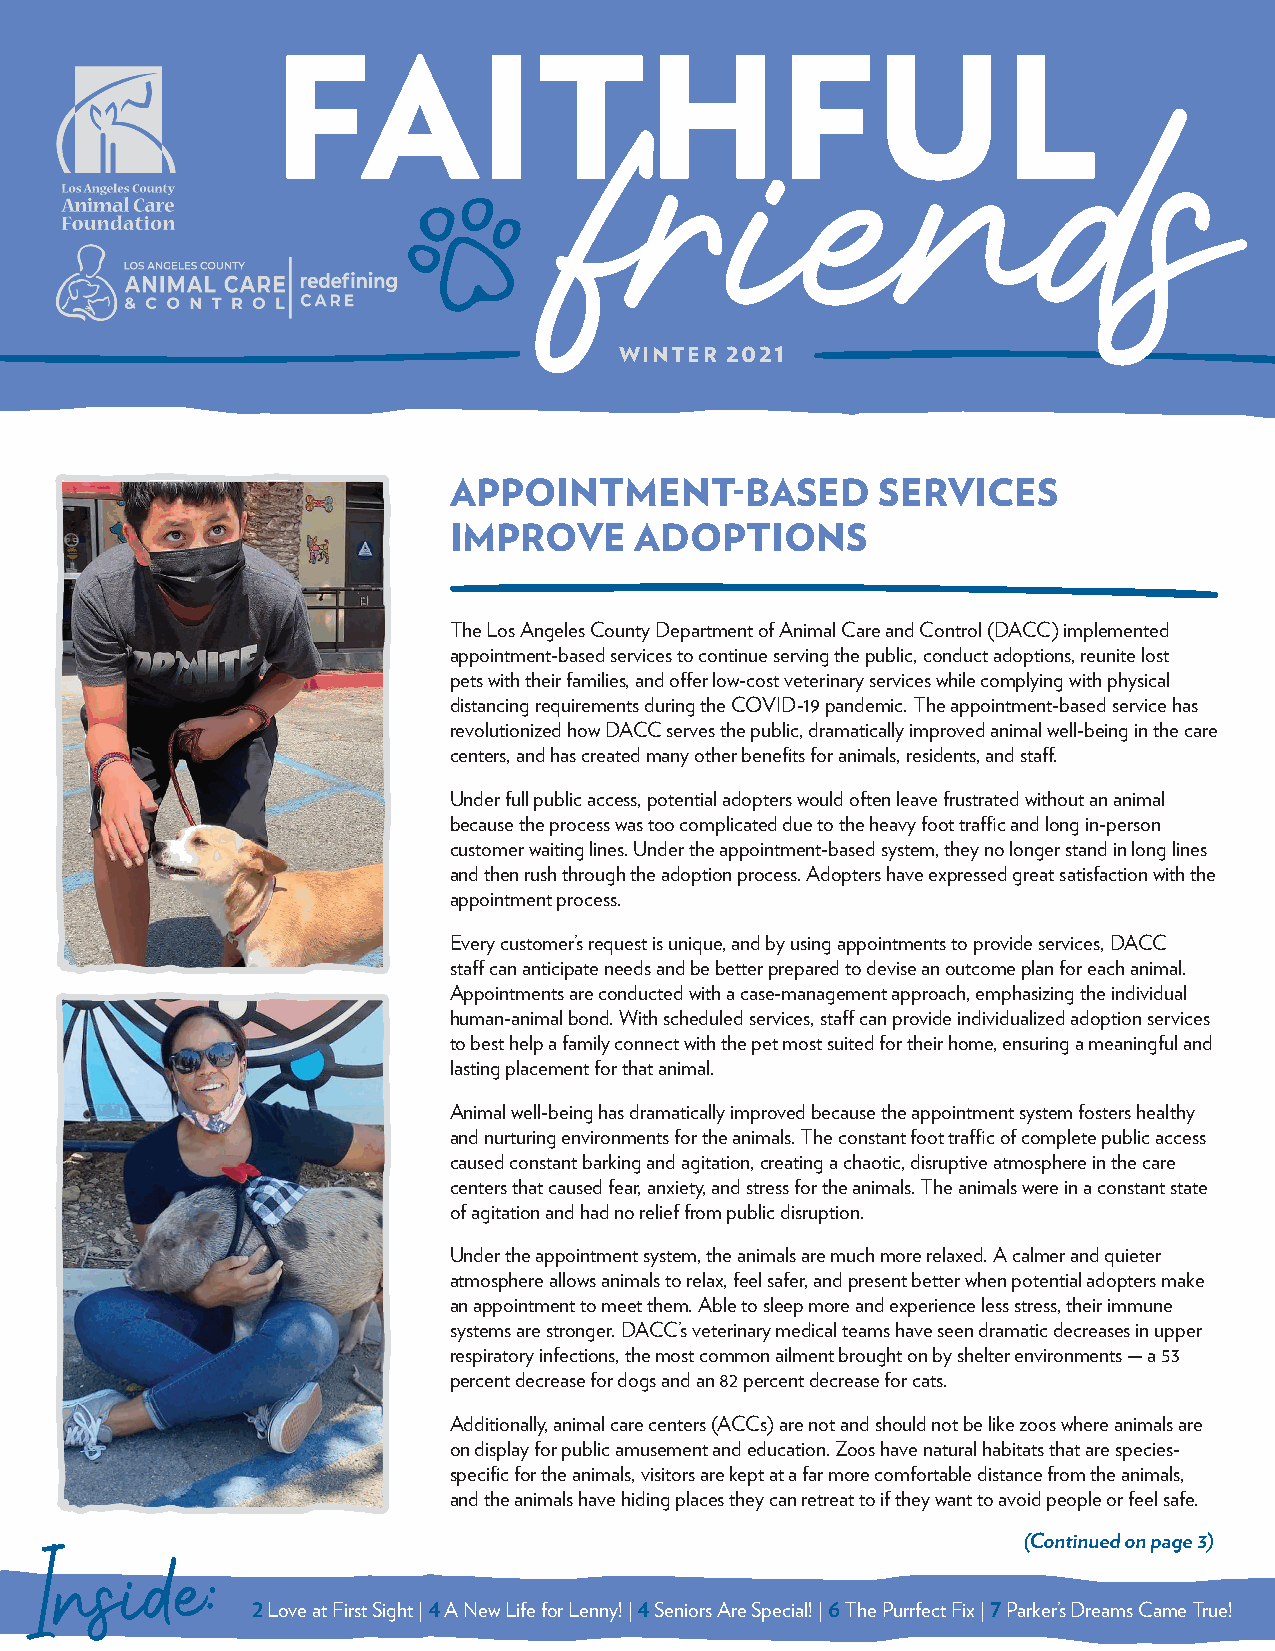
FAITHFUL
 friends
 WINTER 2021
 APPOINTMENT-BASED           SERVICES
 IMPROVE     ADOPTIONS
 The Los Angeles County Department of Animal Care and Control (DACC) implemented
 appointment-based services to continue serving the public, conduct adoptions, reunite lost
 pets with their families, and offer low-cost veterinary services while complying with physical
 distancing requirements during the COVID-19 pandemic. The appointment-based service has
 revolutionized how DACC serves the public, dramatically improved animal well-being in the care
 centers, and has created many other benefits for animals, residents, and staff.
 Under full public access, potential adopters would often leave frustrated without an animal
 because the process was too complicated due to the heavy foot traffic and long in-person
 customer waiting lines. Under the appointment-based system, they no longer stand in long lines
 and then rush through the adoption process. Adopters have expressed great satisfaction with the
 appointment process.
 Every customer’s request is unique, and by using appointments to provide services, DACC
 staff can anticipate needs and be better prepared to devise an outcome plan for each animal.
 Appointments are conducted with a case-management approach, emphasizing the individual
 human-animal bond. With scheduled services, staff can provide individualized adoption services
 to best help a family connect with the pet most suited for their home, ensuring a meaningful and
 lasting placement for that animal.
 Animal well-being has dramatically improved because the appointment system fosters healthy
 and nurturing environments for the animals. The constant foot traffic of complete public access
 caused constant barking and agitation, creating a chaotic, disruptive atmosphere in the care
 centers that caused fear, anxiety, and stress for the animals. The animals were in a constant state
 of agitation and had no relief from public disruption.
 Under the appointment system, the animals are much more relaxed. A calmer and quieter
 atmosphere allows animals to relax, feel safer, and present better when potential adopters make
 an appointment to meet them. Able to sleep more and experience less stress, their immune
 systems are stronger. DACC’s veterinary medical teams have seen dramatic decreases in upper
 respiratory infections, the most common ailment brought on by shelter environments — a 53
 percent decrease for dogs and an 82 percent decrease for cats.
 Additionally, animal care centers (ACCs) are not and should not be like zoos where animals are
 on display for public amusement and education. Zoos have natural habitats that are species-
 specific for the animals, visitors are kept at a far more comfortable distance from the animals,
 and the animals have hiding places they can retreat to if they want to avoid people or feel safe.
 (Continued on page 3)
 Inside:        2 Love at First Sight | 4 A New Life for Lenny! | 4 Seniors Are Special! | 6 The Purrfect Fix | 7 Parker’s Dreams Came True!